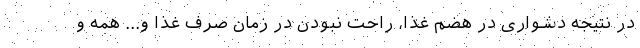
در نتیجه دشواری در هضم غذا، راحت نبودن در زمان صرف غذا و... همه و